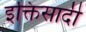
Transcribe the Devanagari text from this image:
इक्तिसादी